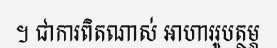
។ ជាការពិតណាស់ អាហាររូបត្ថម្ភ